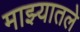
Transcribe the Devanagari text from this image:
माझ्यातले